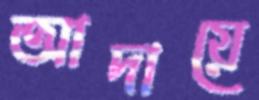
আদায়ে